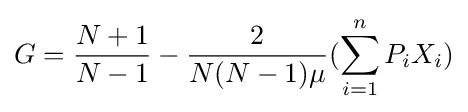
G={\frac {N+1}{N-1}}-{\frac {2}{N(N-1)\mu }}(\sum _{i=1}^{n}P_{i}X_{i})